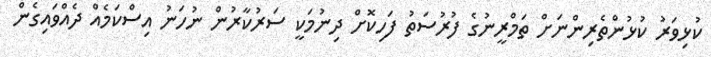
ކުޅިވަރު ކުޅުންތެރިންނަށް ތަމްރީނުގެ ފުރުސަތު ފަހިކޮށް ދިނުމަކީ ސަރުކާރުން ނުހަނު އިސްކަމެއް ދެއްވައިގެން